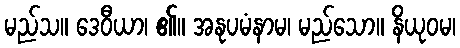
မည်သ။ ဒေဝီယာ၊ ၏။ အနုပမံနာမ၊ မည်သော။ နိယုဝမ၊